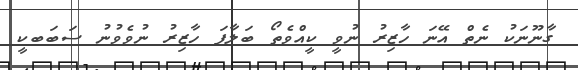
ގާނޫނަކު ނެތް އޭނަ ހާޒިރު ނުވީ ކީއްވެތޯ ބަލާފަ ހާޒިރު ނުވެވުނު ސަބަބކީ